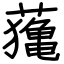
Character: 𦿷